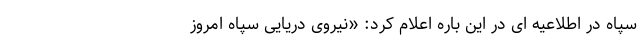
سپاه در اطلاعیه‌ ای در این باره اعلام کرد: «نیروی دریایی سپاه امروز